Structure of Hæmatopota pluvialis (Meigen) - Number 55
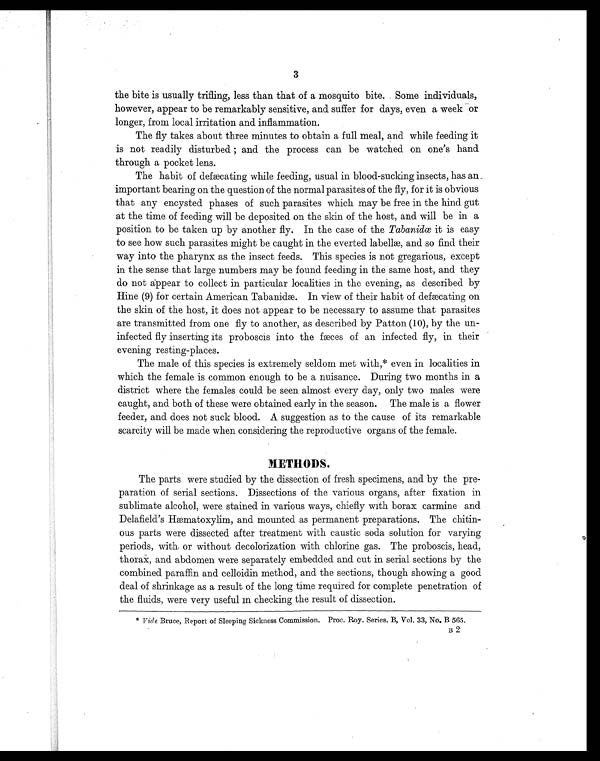
3
the bite is usually trifling, less than that of a mosquito bite. Some individuals,
however, appear to be remarkably sensitive, and suffer for days, even a week or
longer, from local irritation and inflammation.
The fly takes about three minutes to obtain a full meal, and while feeding it
is not readily disturbed; and the process can be watched on one's hand
through a pocket lens.
The habit of defæcating while feeding, usual in blood-sucking insects, has an
important bearing on the question of the normal parasites of the fly, for it is obvious
that any encysted phases of such parasites which may be free in the hind gut
at the time of feeding will be deposited on the skin of the host, and will be in a
position to be taken up by another fly. In the case of the Tabanidœ it is easy
to see how such parasites might be caught in the everted labellæ, and so find their
way into the pharynx as the insect feeds. This species is not gregarious, except
in the sense that large numbers may be found feeding in the same host, and they
do not appear to collect in particular localities in the evening, as described by
Hine (9) for certain American Tabanidæ. In view of their habit of defæcating on
the skin of the host, it does not appear to be necessary to assume that parasites
are transmitted from one fly to another, as described by Patton (10), by the un
- infected fly inserting its proboscis into the fæces of an infected fly, in their
evening resting-places.
The male of this species is extremely seldom met with,* even in localities in
which the female is common enough to be a nuisance. During two months in a
district where the females could be seen almost every day, only two males were
caught, and both of these were obtained early in the season. The male is a flower
feeder, and does not suck blood. A suggestion as to the cause of its remarkable
scarcity will be made when considering the reproductive organs of the female.
METHODS.
The parts were studied by the dissection of fresh specimens, and by the pre
- paration of serial sections. Dissections of the various organs, after fixation in
sublimate alcohol, were stained in various ways, chiefly with borax carmine and
Delafield's Hæmatoxylim, and mounted as permanent preparations. The chitin
- ous parts were dissected after treatment with caustic soda solution for varying
periods, with or without decolorization with chlorine gas. The proboscis, head,
thorax, and abdomen were separately embedded and cut in serial sections by the
combined paraffin and celloidin method, and the sections, though showing a good
deal of shrinkage as a result of the long time required for complete penetration of
the fluids, were very useful in checking the result of dissection.
* Vide Bruce, Report of Sleeping Sickness Commission. Proc. Roy. Series. B, Vol. 33, No. B 565.
B2